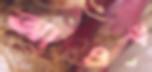
আওড়